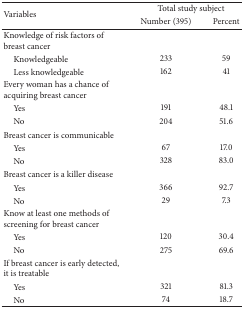
| <ROWSPAN=2> Variables | <COLSPAN=2> Total study subject |
 | Number (395) | Percent |
 | --- | --- | --- |
 | Knowledge of risk factors of breast cancer |  |  |
 | Knowledgeable | 233 | 59 |
 | Less knowledgeable | 162 | 41 |
 | Every woman has a chance of acquiring breast cancer |  |  |
 | Yes | 191 | 48.1 |
 | No | 204 | 51.6 |
 | Breast cancer is communicable |  |  |
 | Yes | 67 | 17.0 |
 | No | 328 | 83.0 |
 | Breast cancer is a killer disease |  |  |
 | Yes | 366 | 92.7 |
 | No | 29 | 7.3 |
 | Know at least one methods of screening for breast cancer |  |  |
 | Yes | 120 | 30.4 |
 | No | 275 | 69.6 |
 | If breast cancer is early detected, it is treatable |  |  |
 | Yes | 321 | 81.3 |
 | No | 74 | 18.7 |